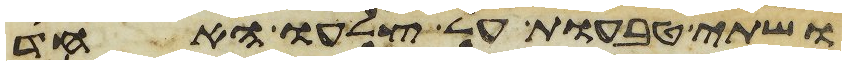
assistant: ושתי טבעות על צלעו האחד